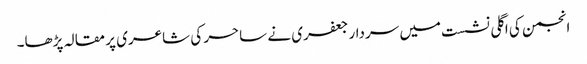
انجمن کی اگلی نشست میں سردار جعفری نے ساحر کی شاعری پر مقالہ پڑھا۔